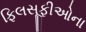
ફિલસૂફીઓના